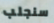
سنجلب